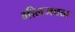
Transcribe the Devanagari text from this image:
भीलजवळ